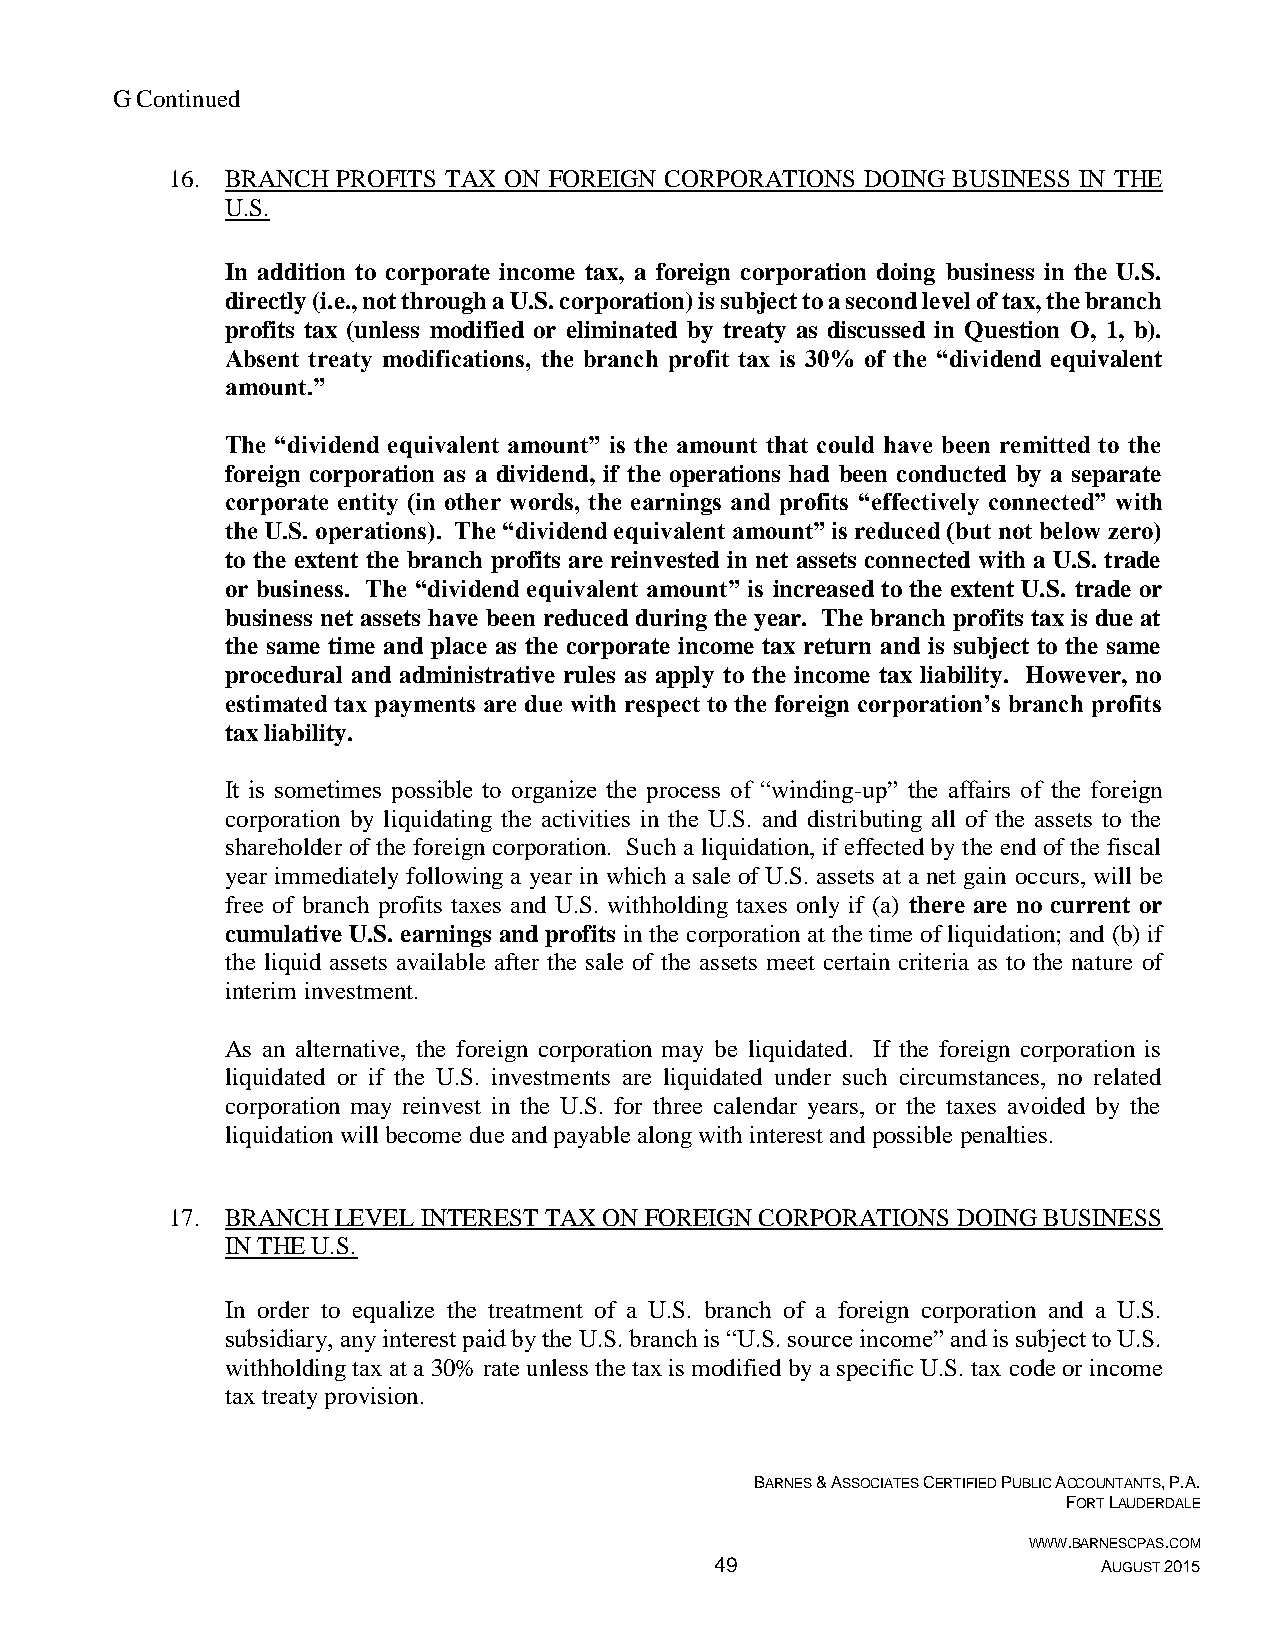
G Continued
 16. BRANCH PROFITS TAX ON FOREIGN CORPORATIONS DOING BUSINESS IN THE
 U.S.
 In addition to corporate income tax, a foreign corporation doing business in the U.S.
 directly (i.e., not through a U.S. corporation) is subject to a second level of tax, the branch
 profits tax (unless modified or eliminated by treaty as discussed in Question O, 1, b).
 Absent treaty modifications, the branch profit tax is 30% of the “dividend equivalent
 amount.”
 The “dividend equivalent amount” is the amount that could have been remitted to the
 foreign corporation as a dividend, if the operations had been conducted by a separate
 corporate entity (in other words, the earnings and profits “effectively connected” with
 the U.S. operations). The “dividend equivalent amount” is reduced (but not below zero)
 to the extent the branch profits are reinvested in net assets connected with a U.S. trade
 or business. The “dividend equivalent amount” is increased to the extent U.S. trade or
 business net assets have been reduced during the year. The branch profits tax is due at
 the same time and place as the corporate income tax return and is subject to the same
 procedural and administrative rules as apply to the income tax liability. However, no
 estimated tax payments are due with respect to the foreign corporation’s branch profits
 tax liability.
 It is sometimes possible to organize the process of “winding-up” the affairs of the foreign
 corporation by liquidating the activities in the U.S. and distributing all of the assets to the
 shareholder of the foreign corporation. Such a liquidation, if effected by the end of the fiscal
 year immediately following a year in which a sale of U.S. assets at a net gain occurs, will be
 free of branch profits taxes and U.S. withholding taxes only if (a) there are no current or
 cumulative U.S. earnings and profits in the corporation at the time of liquidation; and (b) if
 the liquid assets available after the sale of the assets meet certain criteria as to the nature of
 interim investment.
 As an alternative, the foreign corporation may be liquidated. If the foreign corporation is
 liquidated or if the U.S. investments are liquidated under such circumstances, no related
 corporation may reinvest in the U.S. for three calendar years, or the taxes avoided by the
 liquidation will become due and payable along with interest and possible penalties.
 17. BRANCH LEVEL INTEREST TAX ON FOREIGN CORPORATIONS DOING BUSINESS
 IN THE U.S.
 In order to equalize the treatment of a U.S. branch of a foreign corporation and a U.S.
 subsidiary, any interest paid by the U.S. branch is “U.S. source income” and is subject to U.S.
 withholding tax at a 30% rate unless the tax is modified by a specific U.S. tax code or income
 tax treaty provision.
 BARNES & ASSOCIATES CERTIFIED PUBLIC ACCOUNTANTS, P.A.
 FORT LAUDERDALE
 WWW.BARNESCPAS.COM
 49                        AUGUST 2015